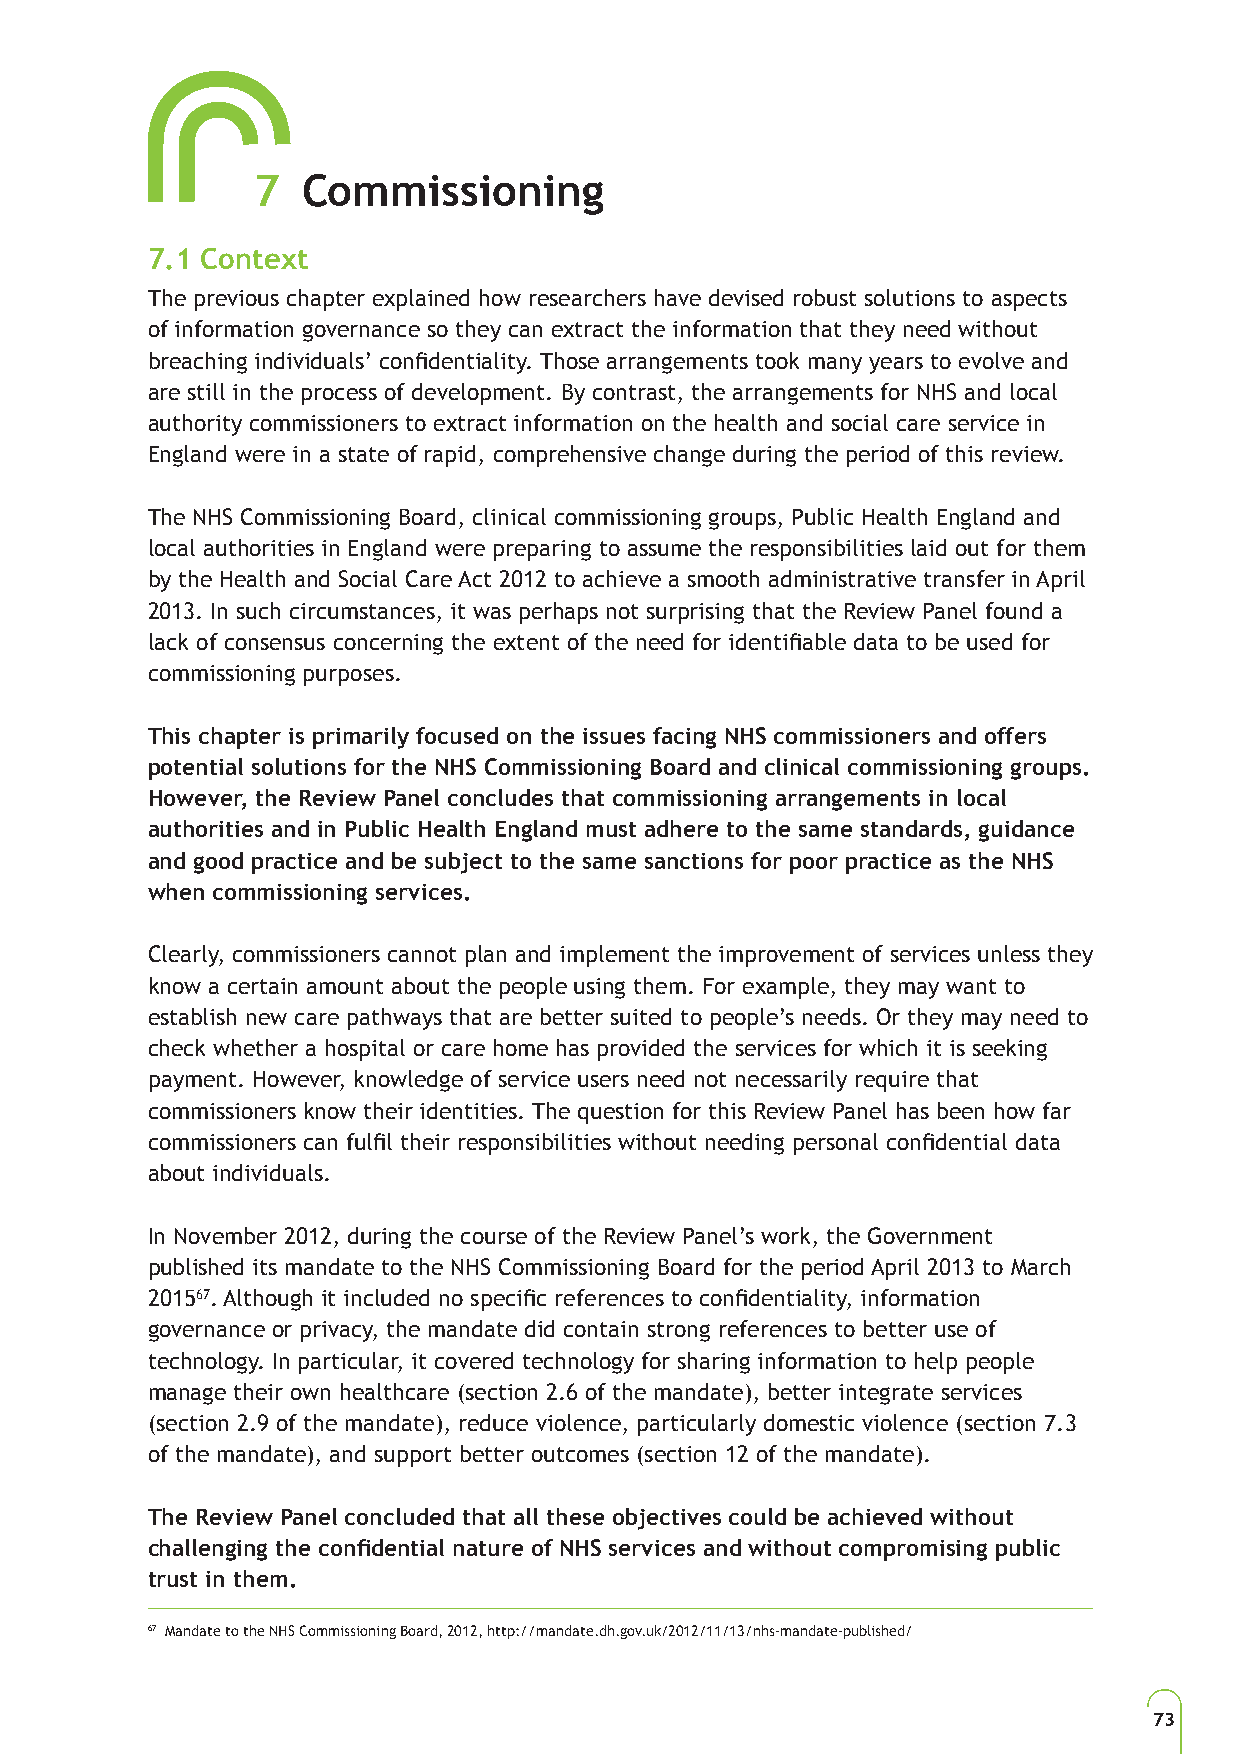
7  Commissioning
 7.1 Context
 The previous chapter explained how researchers have devised robust solutions to aspects
 of information governance so they can extract the information that they need without
 breaching individuals’ confidentiality. Those arrangements took many years to evolve and
 are still in the process of development. By contrast, the arrangements for NHS and local
 authority commissioners to extract information on the health and social care service in
 England were in a state of rapid, comprehensive change during the period of this review.
 The NHS Commissioning Board, clinical commissioning groups, Public Health England and
 local authorities in England were preparing to assume the responsibilities laid out for them
 by the Health and Social Care Act 2012 to achieve a smooth administrative transfer in April
 2013. In such circumstances, it was perhaps not surprising that the Review Panel found a
 lack of consensus concerning the extent of the need for identifiable data to be used for
 commissioning purposes.
 This chapter is primarily focused on the issues facing NHS commissioners and offers
 potential solutions for the NHS Commissioning Board and clinical commissioning groups.
 However, the Review Panel concludes that commissioning arrangements in local
 authorities and in Public Health England must adhere to the same standards, guidance
 and good practice and be subject to the same sanctions for poor practice as the NHS
 when commissioning services.
 Clearly, commissioners cannot plan and implement the improvement of services unless they
 know a certain amount about the people using them. For example, they may want to
 establish new care pathways that are better suited to people’s needs. Or they may need to
 check whether a hospital or care home has provided the services for which it is seeking
 payment. However, knowledge of service users need not necessarily require that
 commissioners know their identities. The question for this Review Panel has been how far
 commissioners can fulfil their responsibilities without needing personal confidential data
 about individuals.
 In November 2012, during the course of the Review Panel’s work, the Government
 published its mandate to the NHS Commissioning Board for the period April 2013 to March
 201567. Although it included no specific references to confidentiality, information
 governance or privacy, the mandate did contain strong references to better use of
 technology. In particular, it covered technology for sharing information to help people
 manage their own healthcare (section 2.6 of the mandate), better integrate services
 (section 2.9 of the mandate), reduce violence, particularly domestic violence (section 7.3
 of the mandate), and support better outcomes (section 12 of the mandate).
 The Review Panel concluded that all these objectives could be achieved without
 challenging the confidential nature of NHS services and without compromising public
 trust in them.
 67 Mandate to the NHS Commissioning Board, 2012, http://mandate.dh.gov.uk/2012/11/13/nhs-mandate-published/
 73